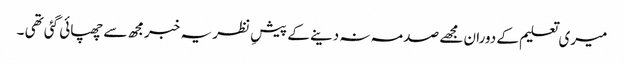
میری تعلیم کے دوران مجھے صدمہ نہ دینے کے پیشِ نظر یہ خبرمجھ سے چھپائی گئی تھی ۔